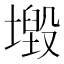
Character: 𡒂